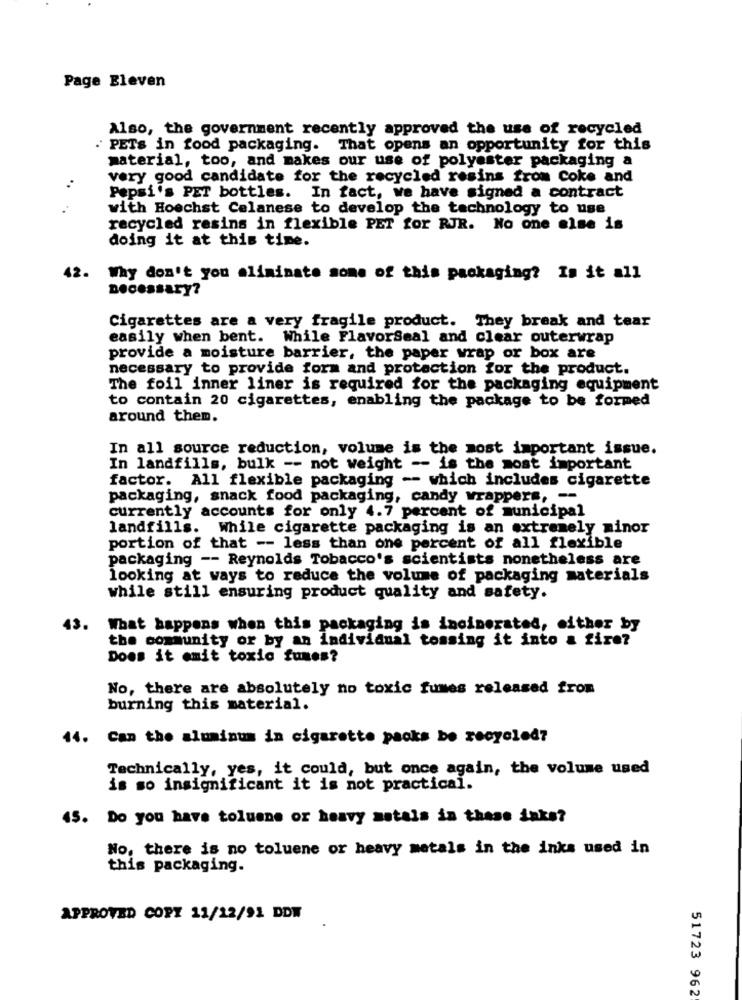
Page Eleven
Also, the government recently approved the use of recycled
" PETS in food packaging. That opens an opportunity for this
material, too, and makes our use of polyester packaging a
very good candidate for the recycled resins from Coke and
..
Pepsi's PET bottles. In fact, we have signed a contract
with Hoechst Celanese to develop the technology to use
recycled resins in flexible PET for RJR. No one else is
doing it at this time.
42
Why don't you eliminate some of this packaging? Is it all
necessary?
Cigarettes are a very fragile product. They break and tear
easily when bent. While FlavorSeal and clear outerwrap
provide a moisture barrier, the paper wrap or box are
necessary to provide form and protection for the product.
The foil inner liner is required for the packaging equipment
to contain 20 cigarettes, enabling the package to be formed
around them.
In all source reduction, volume is the most important issue.
In landfills, bulk -- not weight -- is the most important
factor. All flexible packaging -- which includes cigarette
packaging, snack food packaging, candy wrappers, --
currently accounts for only 4.7 percent of municipal
landfills. While cigarette packaging is an extremely minor
portion of that -- less than one percent of all flexible
packaging -- Reynolds Tobacco's scientists nonetheless are
looking at ways to reduce the volume of packaging materials
while still ensuring product quality and safety.
What happens when this packaging is incinerated, either by
the community or by an individual tossing it into a fire?
Does it mmit toxic fumes?
No, there are absolutely no toxic fumes released from
burning this material.
44. Can the aluminum in cigarette packs be recycled?
Technically, yes, it could, but once again, the volume used
is so insignificant it is not practical.
45. Do you have toluene or heavy motels in these anke?
No, there is no toluene or heavy metals in the inks used in
this packaging.
APPROVED COPY 11/12/91 DDW
51723 962